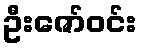
ဦးဇော်ဝင်း